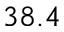
3 8 . 4